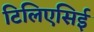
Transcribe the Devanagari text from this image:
टिलिएसिई